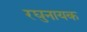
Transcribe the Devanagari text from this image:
रघुनायक